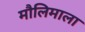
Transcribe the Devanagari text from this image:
मौलिमाला